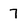
Character: 7